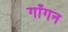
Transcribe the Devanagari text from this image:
गाँगन